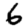
Digit: 6